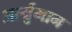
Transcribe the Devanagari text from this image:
आर्युमान